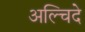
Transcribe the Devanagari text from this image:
अल्चिदे